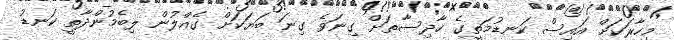
މިހާރަކަށް އައިސް ކަނޑުމަތީގެ ހާދިސާތަށް ގިނަވެ ގިނަ ބަޔަކަށް ގެއްލުން ލިބެމުންދާތީ ކަނޑު